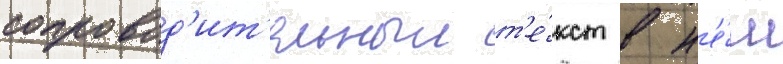
сопровод'ит'ельныи т'е́кст в н'е́м